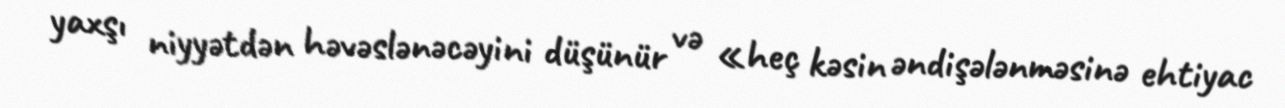
yaxşı niyyətdən həvəslənəcəyini düşünür və «heç kəsin əndişələnməsinə ehtiyac